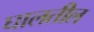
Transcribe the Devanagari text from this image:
घालतील